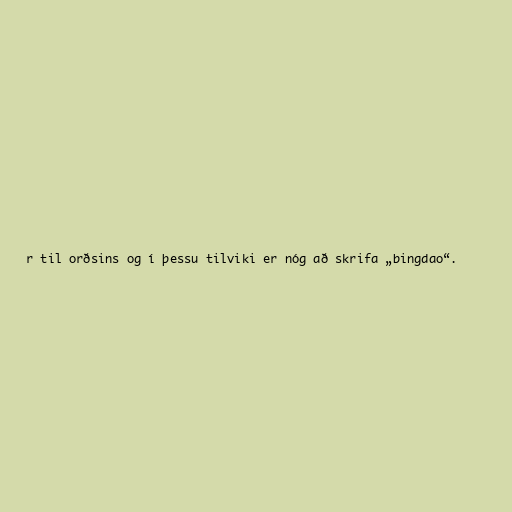
r til orðsins og í þessu tilviki er nóg að skrifa „bingdao“.